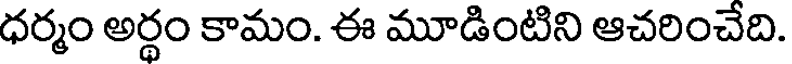
ధర్మం అర్థం కామం. ఈ మూడింటిని ఆచరించేది.